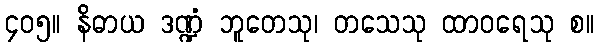
၄၀၅။ နိဓာယ ဒဏ္ဍံ ဘူတေသု၊ တသေသု ထာဝရေသု စ။